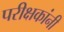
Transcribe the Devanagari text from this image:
परीक्षकांनी